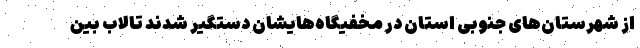
از شهرستان‌های جنوبی استان در مخفیگاه‌هایشان دستگیر شدند تالاب بین